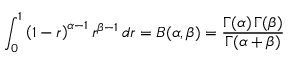
\int _ { 0 } ^ { 1 } \left( 1 - r \right) ^ { \alpha - 1 } r ^ { \beta - 1 } \, d r = B ( \alpha , \beta ) = { \frac { \Gamma ( \alpha ) \, \Gamma ( \beta ) } { \Gamma ( \alpha + \beta ) } }